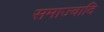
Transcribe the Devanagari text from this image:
समाज्वादि